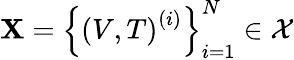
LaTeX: \mathbf{X}=\left\{ \left(V,T\right)^{(i)}\right\} _{i=1}^{N}\in\mathcal{X}